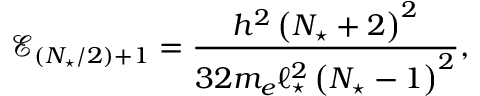
\mathcal { E } _ { ( N _ { \star } / 2 ) + 1 } = \frac { h ^ { 2 } \left( N _ { \star } + 2 \right) ^ { 2 } } { 3 2 m _ { e } \ell _ { \star } ^ { 2 } \left( N _ { \star } - 1 \right) ^ { 2 } } ,